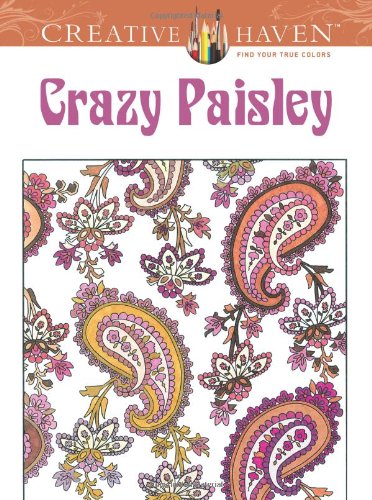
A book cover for Creative Haven Crazy Paisley Coloring Book (Creative Haven Coloring Books); Arts & Photography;